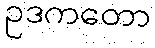
ဥဒကတော